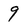
Character: 9